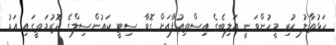
ހަޅުތާލު ކުރި މީހުންވަނީ އަލިބެގެ އިސްތިއުފާއަށް ގޮވާ ސިޓީ ކައުންސިލްގެ ދޮރުމަތީގައި އަޑު